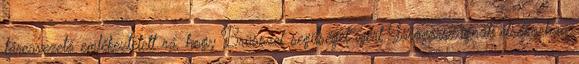
tárcavezető emlékeztetett rá, hogy Brüsszel segítséget ígért Görögországnak elsősorban